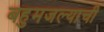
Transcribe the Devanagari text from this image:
बहुमजल्याची